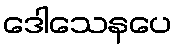
ဒေါသေနပေ